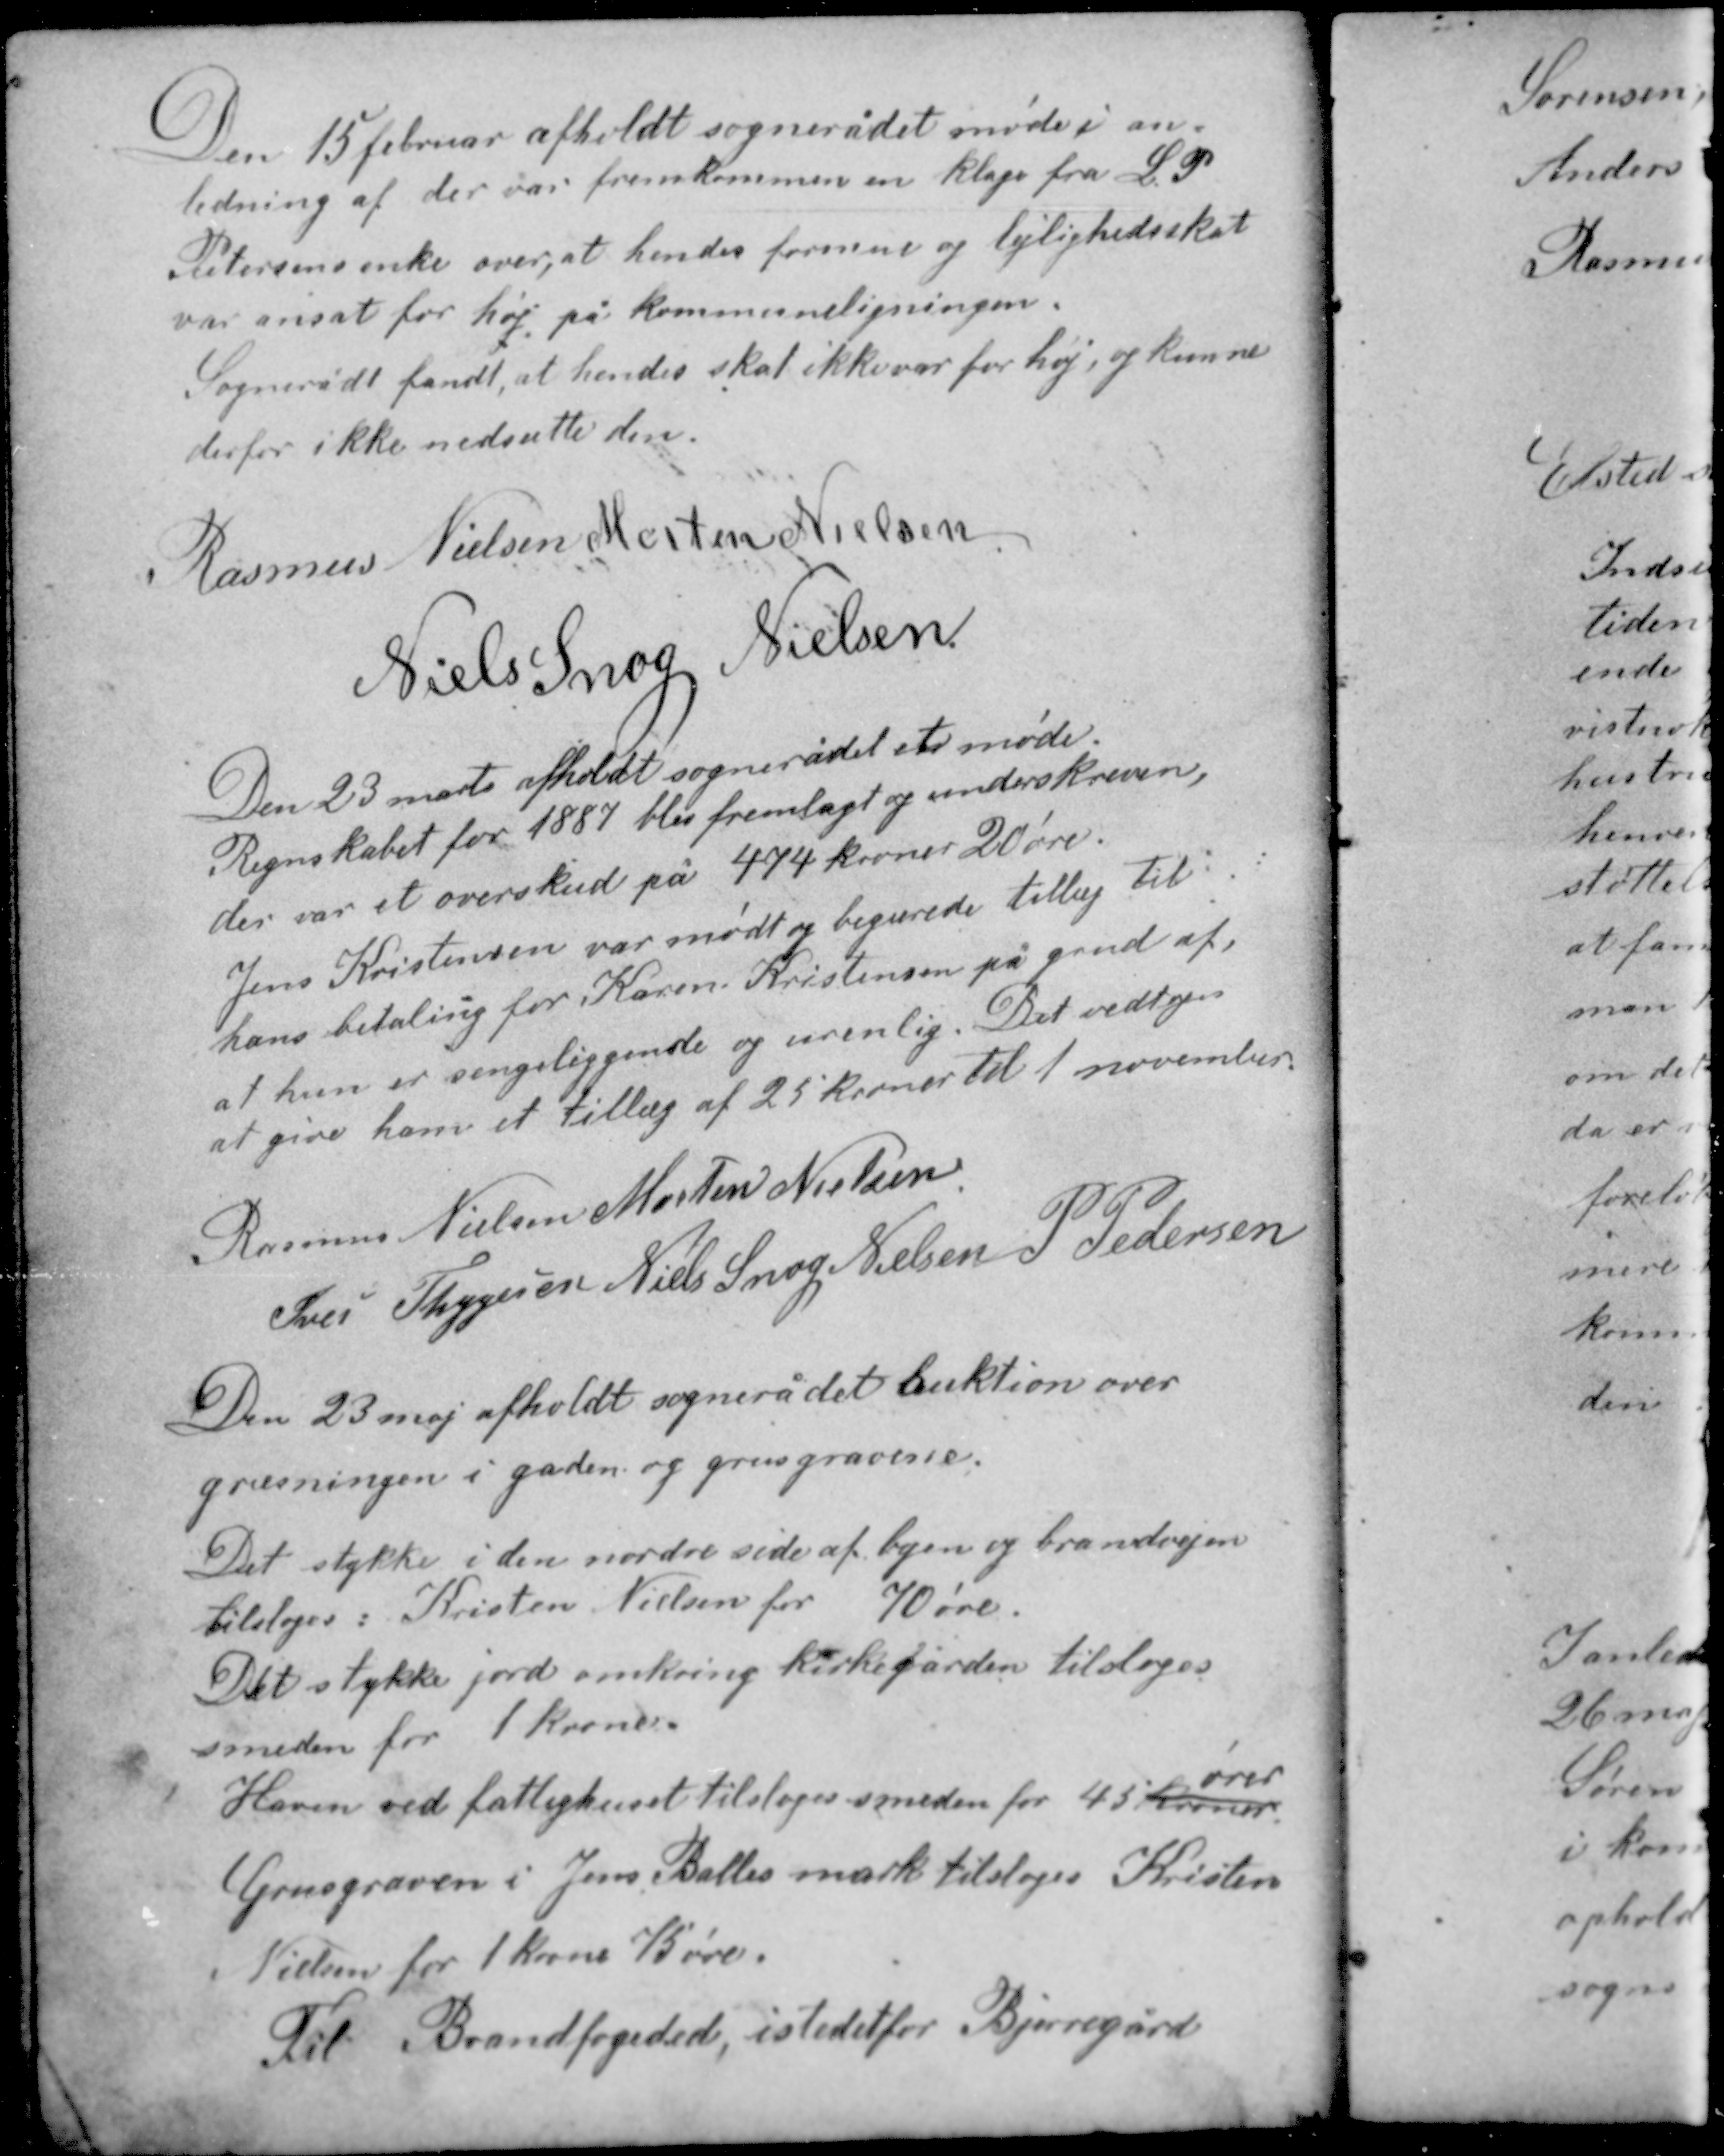
Transskription:
Den 15 februar afholdt sognerådet møde i an-
ledning af der var fremkommen en klage fra L. P.
Petersens enke over, at hendes formue og lejlighedsskat
var ansat for høj på kommuneligningen.
Sognerådet fandt, at hendes skat ikke var for høj og kunne
derfor ikke nedsætte den.

Rasmus Nielsen Morten Nielsen
Niels Snog Nielsen

Den 23 marts afholdt sognerådet et møde.
Regnskabet for 1887 blev fremlagt og underskreven,
der var et overskud på 474 kroner 20 øre.
Jens Kristensen var mødt og begærede tillæg til
hans betaling for Karen Kristensen på grund af,
at hun er sengeliggende og uvenlig. Det vedtoges
at give ham et tillæg af 25 kroner til 1 november.

Rasmus Nielsen Morten Nielsen
Iver Thygesen Niels Snog Nielsen P. Pedersen

Den 23 maj afholdt sognerådet auktion over
græsningen i gaden og grusgravene.

Det stykke i den nordre side af byen og brandvejen
tilsloges Kristen Nielsen for 70 øre
Det stykke jord omkring kirkegården tilsloges
smeden for 1 kroner.
ører
Haven ved fattighuset tilsloges smeden for 45 kroner.
Grusgraven i Jens Balles mark tilsloges Kristen
Nielsen for 1 krone 75 øre.
Til Brandfogeded, i stedet for Bjerregård